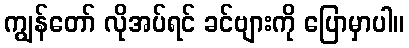
ကျွန်တော် လိုအပ်ရင် ခင်ဗျားကို ပြောမှာပါ။